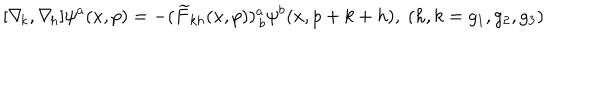
[ \nabla \! _ { k } , \nabla \! _ { h } ] \psi ^ { a } ( x , p ) = - ( \widetilde F _ { k h } ( x , p ) ) _ { \, b } ^ { a } \psi ^ { b } ( x , p + k + h ) , \ ( h , k = g _ { 1 } , g _ { 2 } , g _ { 3 } )